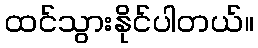
ထင်သွားနိုင်ပါတယ်။